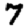
Digit: 7